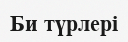
Би түрлері